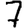
Digit: 7